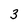
Character: 3